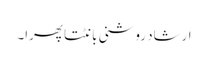
ارشاد روشنی بانٹتا پھرا۔